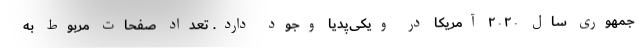
جمهوری سال ۲۰۲۰ آمریکا در ویکی‌پدیا وجود دارد. تعداد صفحات مربوط به